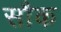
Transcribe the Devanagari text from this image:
सौक